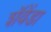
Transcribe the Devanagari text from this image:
शॅवेंडा